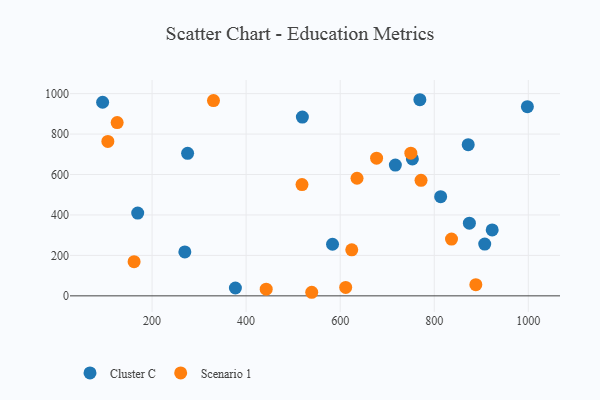
{"axis": {"x": "Ad Spend", "y": "Profit"}, "legend": ["Cluster C", "Scenario 1"], "data": [{"x": "753.5", "y": 677.3, "type": "Cluster C"}, {"x": "377.2", "y": 38.8, "type": "Cluster C"}, {"x": "275.6", "y": 704.6, "type": "Cluster C"}, {"x": "874.7", "y": 359.4, "type": "Cluster C"}, {"x": "717.3", "y": 646.7, "type": "Cluster C"}, {"x": "923.2", "y": 326.1, "type": "Cluster C"}, {"x": "813.6", "y": 490.6, "type": "Cluster C"}, {"x": "998.0", "y": 935.4, "type": "Cluster C"}, {"x": "872.2", "y": 747.6, "type": "Cluster C"}, {"x": "94.9", "y": 957.4, "type": "Cluster C"}, {"x": "907.3", "y": 256.0, "type": "Cluster C"}, {"x": "769.4", "y": 969.8, "type": "Cluster C"}, {"x": "169.5", "y": 409.5, "type": "Cluster C"}, {"x": "519.6", "y": 883.9, "type": "Cluster C"}, {"x": "583.7", "y": 255.2, "type": "Cluster C"}, {"x": "269.7", "y": 217.2, "type": "Cluster C"}, {"x": "442.7", "y": 33.2, "type": "Scenario 1"}, {"x": "836.7", "y": 280.8, "type": "Scenario 1"}, {"x": "161.8", "y": 169.0, "type": "Scenario 1"}, {"x": "125.8", "y": 857.0, "type": "Scenario 1"}, {"x": "539.5", "y": 17.7, "type": "Scenario 1"}, {"x": "106.0", "y": 763.8, "type": "Scenario 1"}, {"x": "771.9", "y": 571.4, "type": "Scenario 1"}, {"x": "624.6", "y": 227.6, "type": "Scenario 1"}, {"x": "611.7", "y": 41.9, "type": "Scenario 1"}, {"x": "330.6", "y": 965.6, "type": "Scenario 1"}, {"x": "635.8", "y": 581.5, "type": "Scenario 1"}, {"x": "888.4", "y": 55.4, "type": "Scenario 1"}, {"x": "518.8", "y": 550.2, "type": "Scenario 1"}, {"x": "750.2", "y": 705.3, "type": "Scenario 1"}, {"x": "677.4", "y": 680.9, "type": "Scenario 1"}]}